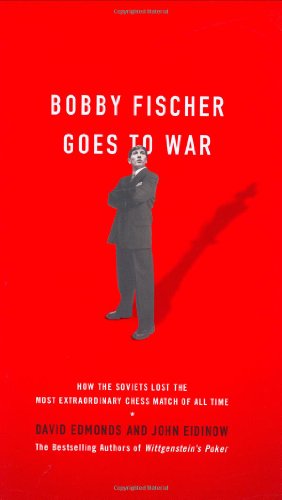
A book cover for Bobby Fischer Goes to War: How the Soviets Lost the Most Extraordinary Chess Match of All Time; David Edmonds; Biographies & Memoirs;